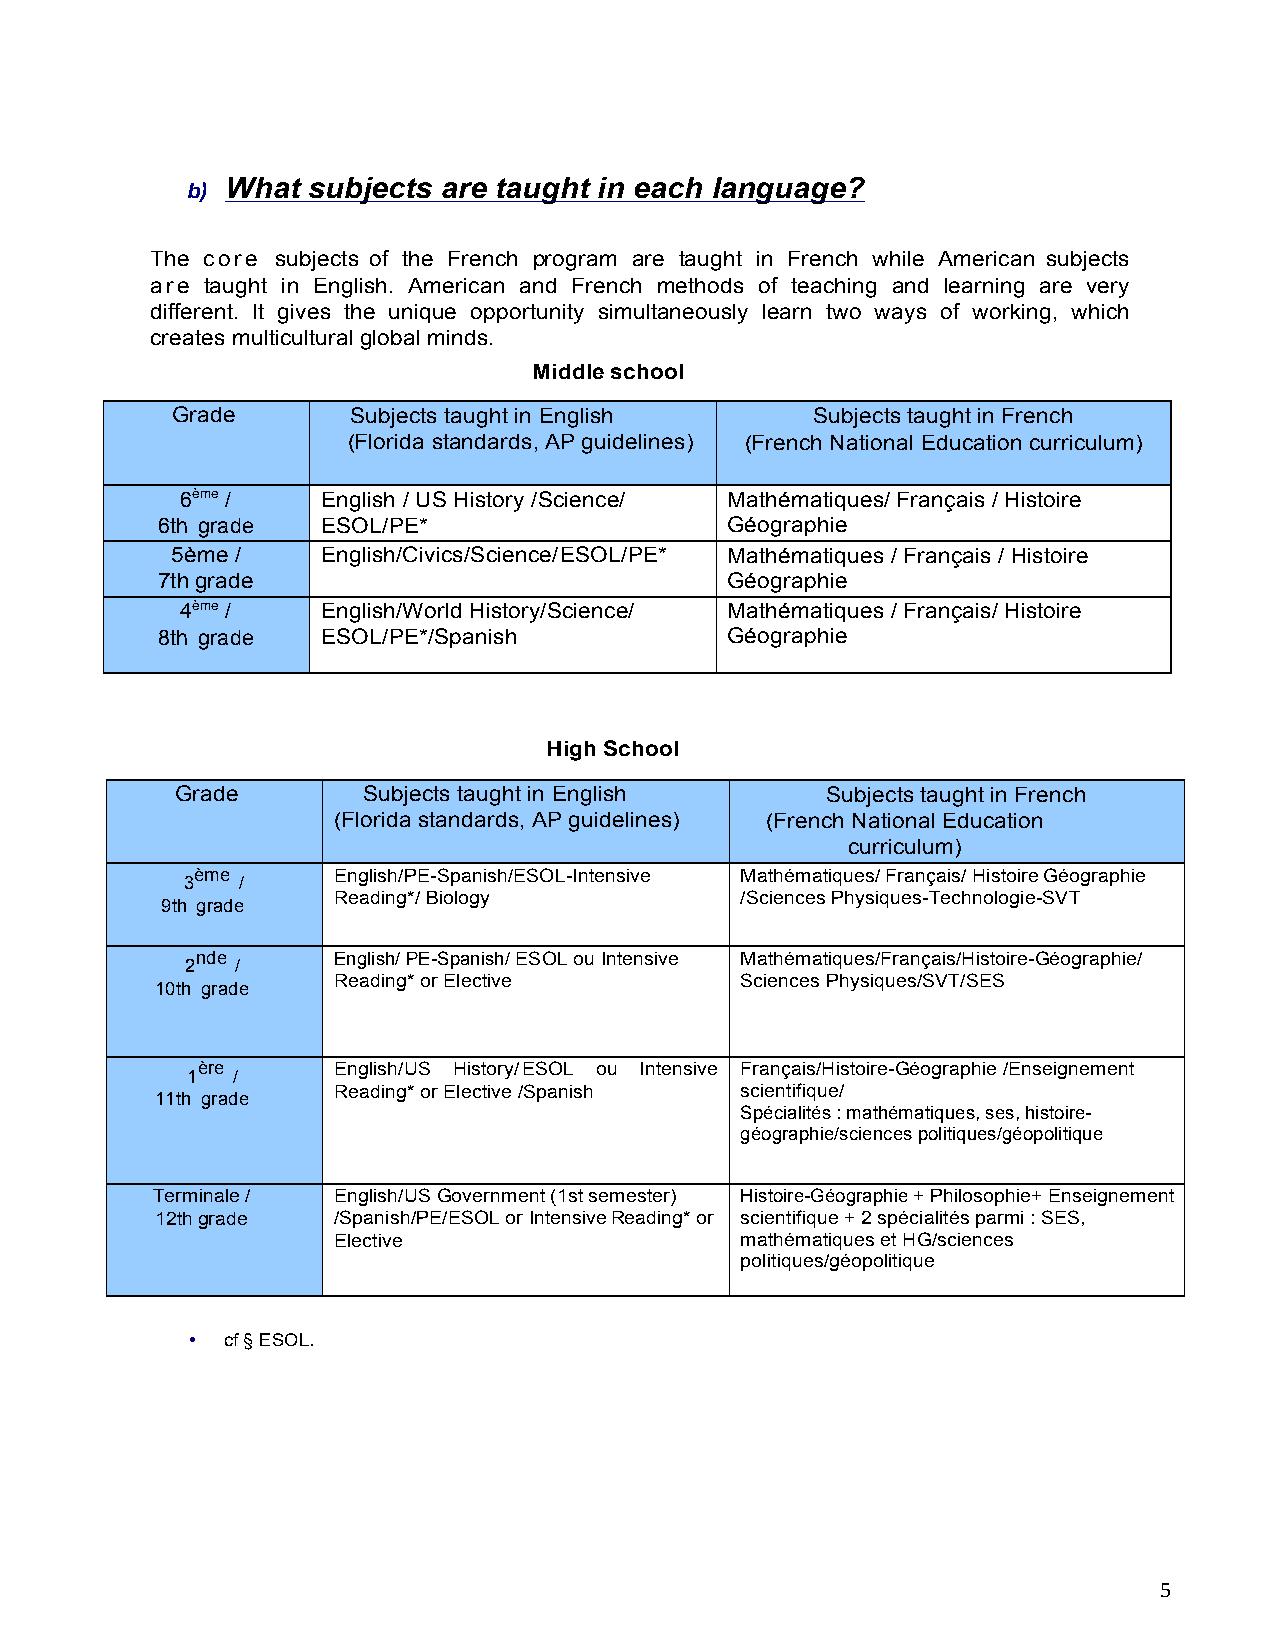
b) What subjects are taught in each language?
 The core subjects of the French program are taught in French while American subjects
 are taught in English. American and French methods of teaching and learning are very
 different. It gives the unique opportunity simultaneously learn two ways of working, which
 creates multicultural global minds.
 Middle school
 Grade       Subjects taught in English     Subjects taught in French
 (Florida standards, AP guidelines) (French National Education curriculum)
 6ème /   English / US History /Science/ Mathématiques/ Français / Histoire
 6th grade  ESOL/PE*                   Géographie
 5ème /    English/CivicEs/sSEcSieEnScOe/LE/PSEO*LE/PSEO*L /P Mathématiqu es / Français / Histoire
 7th grade  hysical Edu (PE)*          Géographie
 4ème /   English/World History/Science/ Mathématiqu es / Français/ Histoire
 8th grade  ESOL/PE*/Spanish           Géographie
 High School
 Grade       Subjects taught in English     Subjects taught in French
 (Florida standards, AP guidelines) (French National Education
 curriculum)
 ème      English/PE-Spanish/ESOL-Intensive Mathématiques/ Français/ Histoire Géographie
 3   /
 Reading*/ Biology          /Sciences Physiques-Technologie-SVT
 9th grade
 nde      English/ PE-Spanish/ ESOL ou Intensive Mathématiques/Français/Histoire-Géographie/
 2   /
 Reading* or Elective       Sciences Physiques/SVT/SES
 10th grade                                      ! 15h / semaine en français
 ère      English/US History/ESOL ou Intensive Français/Histoire-Géographie /Enseignement
 1  /
 Reading* or Elective /Spanish scientifique/
 11th grade
 Spécialités : mathématiques, ses, histoire-
 géographie/sciences politiques/géopolitique
 Terminale / English/US Government (1st semester) Histoire-Géographie + Philosophie+ Enseignement
 12th grade  /Spanish/PE/ESOL or Intensive Reading* or scientifique + 2 spécialités parmi : SES,
 Elective                   mathématiques et HG/sciences
 politiques/géopolitique
 •  cf § ESOL.
 5